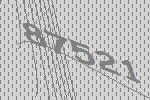
87521